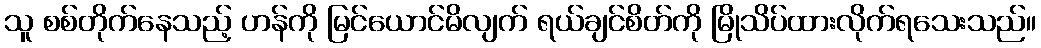
သူ စစ်တိုက်နေသည့် ဟန်ကို မြင်ယောင်မိလျက် ရယ်ချင်စိတ်ကို မြိုသိပ်ထားလိုက်ရသေးသည်။